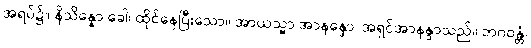
အရပ်၌။ နိသိန္နော ခေါ၊ ထိုင်နေပြီးသော။ အာယသ္မာ အာနန္ဒော၊ အရှင်အာနန္ဒာသည်။ ဘဂဝန္တံ၊